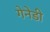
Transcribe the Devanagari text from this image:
गेनेडी